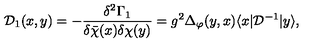
{ \mathcal D } _ { 1 } ( x , y ) = - \frac { \delta ^ { 2 } \Gamma _ { 1 } } { \delta { \bar { \chi } } ( x ) \delta \chi ( y ) } = g ^ { 2 } \Delta _ { \varphi } ( y , x ) \langle x | { \mathcal D } ^ { - 1 } | y \rangle ,